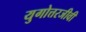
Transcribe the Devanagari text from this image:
युगोत्तरजीवी